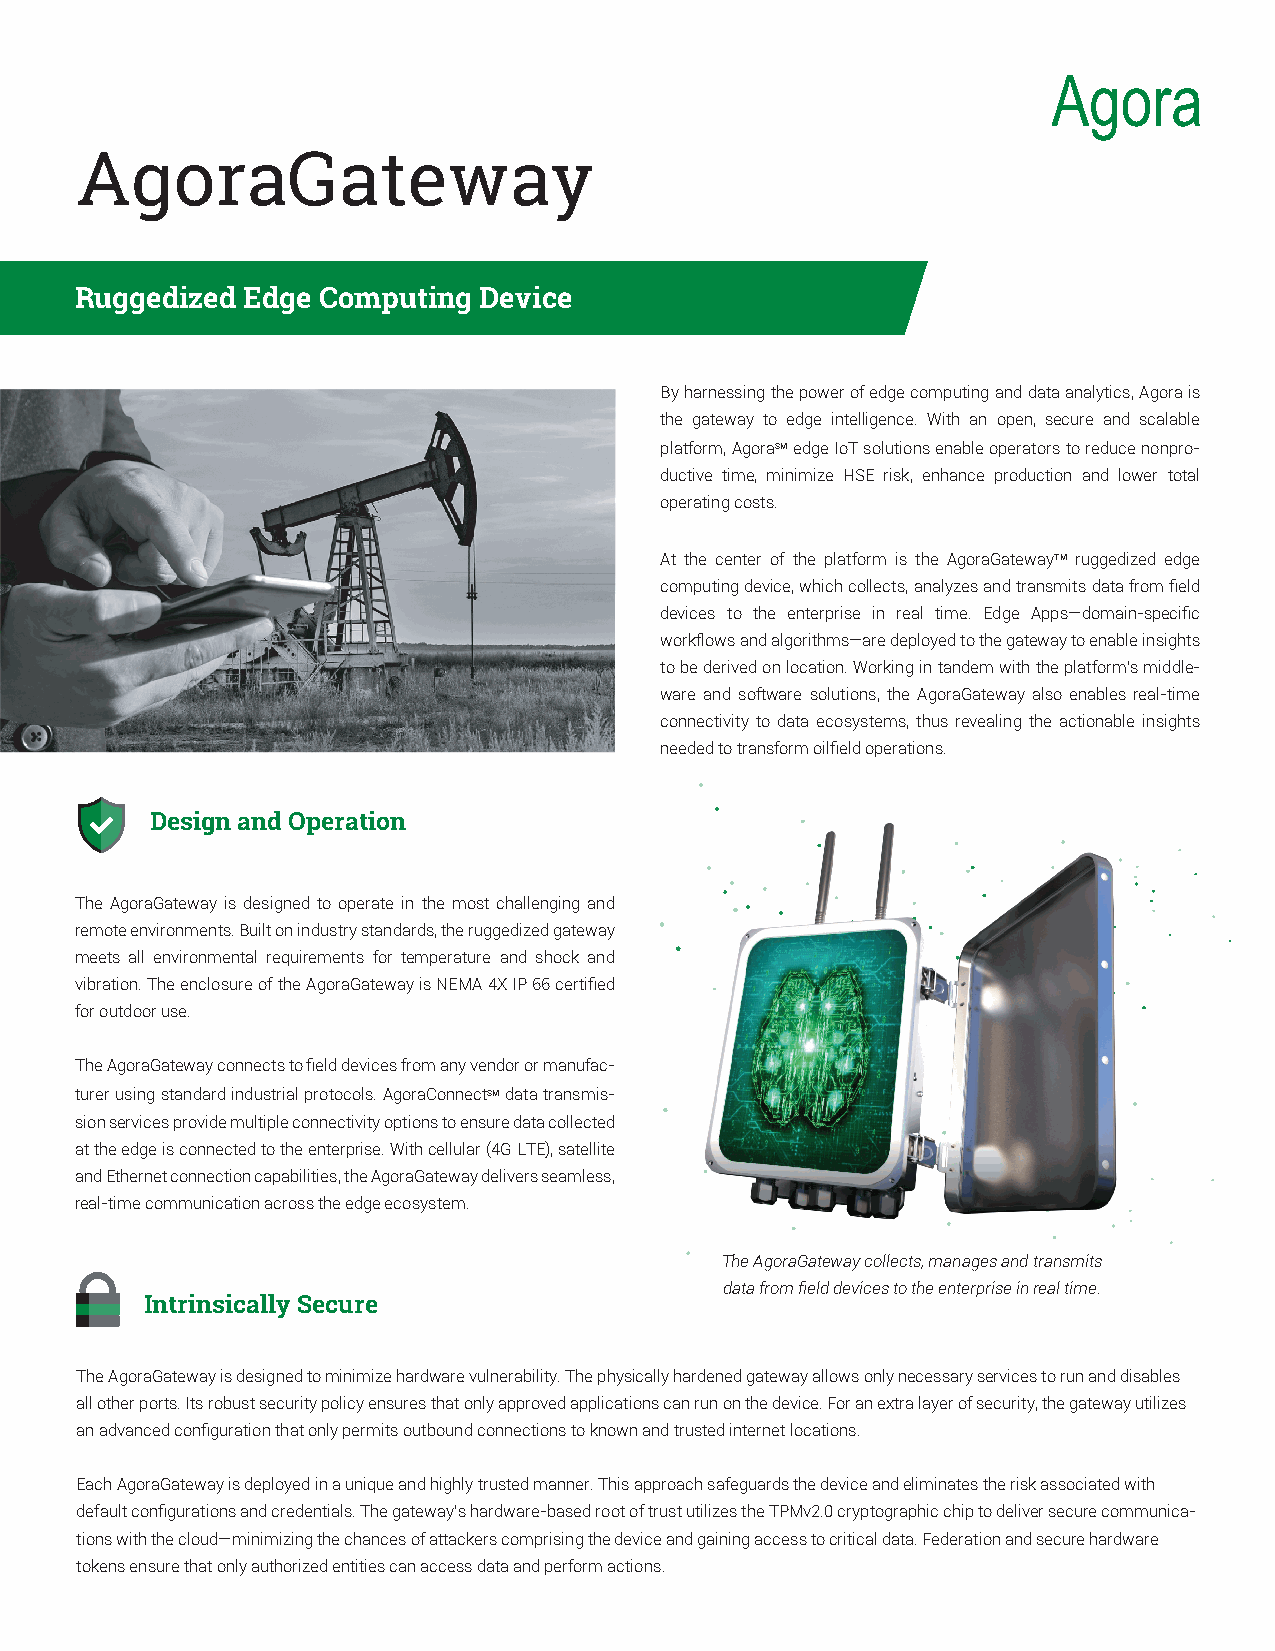
AgoraGateway
 Ruggedized Edge Computing  Device
 By harnessing the power of edge computing and data analytics, Agora is
 the gateway to edge intelligence. With an open, secure and scalable
 platform, AgoraSM edge IoT solutions enable operators to reduce nonpro-
 ductive time, minimize HSE risk, enhance production and lower total
 operating costs.
 At the center of the platform is the AgoraGatewayTM ruggedized edge
 computing device, which collects, analyzes and transmits data from field
 devices to the enterprise in real time. Edge Apps—domain-specific
 workflows and algorithms—are deployed to the gateway to enable insights
 to be derived on location. Working in tandem with the platform's middle-
 ware and software solutions, the AgoraGateway also enables real-time
 connectivity to data ecosystems, thus revealing the actionable insights
 needed to transform oilfield operations.
 Design and Operation
 The AgoraGateway is designed to operate in the most challenging and
 remote environments. Built on industry standards, the ruggedized gateway
 meets all environmental requirements for temperature and shock and
 vibration. The enclosure of the AgoraGateway is NEMA 4X IP 66 certified
 for outdoor use.
 The AgoraGateway connects to field devices from any vendor or manufac-
 turer using standard industrial protocols. AgoraConnectSM data transmis-
 sion services provide multiple connectivity options to ensure data collected
 at the edge is connected to the enterprise. With cellular (4G LTE), satellite
 and Ethernet connection capabilities, the AgoraGateway delivers seamless,
 real-time communication across the edge ecosystem.
 The AgoraGateway collects, manages and transmits
 data from field devices to the enterprise in real time.
 Intrinsically Secure
 The AgoraGateway is designed to minimize hardware vulnerability. The physically hardened gateway allows only necessary services to run and disables
 all other ports. Its robust security policy ensures that only approved applications can run on the device. For an extra layer of security, the gateway utilizes
 an advanced configuration that only permits outbound connections to known and trusted internet locations.
 Each AgoraGateway is deployed in a unique and highly trusted manner. This approach safeguards the device and eliminates the risk associated with
 default configurations and credentials. The gateway’s hardware-based root of trust utilizes the TPMv2.0 cryptographic chip to deliver secure communica-
 tions with the cloud—minimizing the chances of attackers comprising the device and gaining access to critical data. Federation and secure hardware
 tokens ensure that only authorized entities can access data and perform actions.